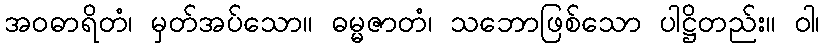
အဝဓာရိတံ၊ မှတ်အပ်သော။ ဓမ္မဇာတံ၊ သဘောဖြစ်သော ပါဋ္ဌိတည်း။ ဝါ၊